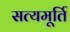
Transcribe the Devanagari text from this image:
सत्यमूर्ति